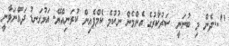
"...ދެން މި ބުނަނީ ސަރުކާރުގެ އެންމެން ނުކުމެ ކެމްޕެއިން ކުރަނިއްޔޭ. އަޅުގަނޑު ދައްނަވާނީ